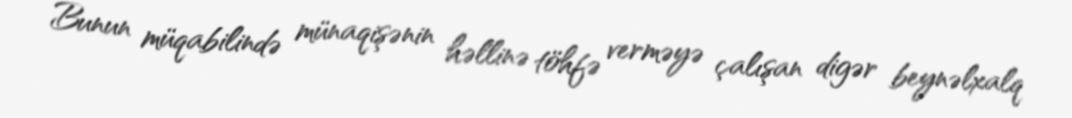
Bunun müqabilində münaqişənin həllinə töhfə verməyə çalışan digər beynəlxalq